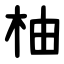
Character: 柚